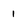
Character: 1